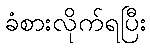
ခံစားလိုက်ရပြီး